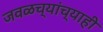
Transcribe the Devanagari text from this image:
जवळच्यांच्याही